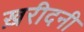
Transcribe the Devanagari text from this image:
ख़रीदनी